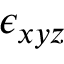
\epsilon _ { x y z }